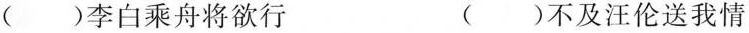
( )李白乘舟将欲行 ( )不及汪伦送我情